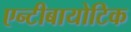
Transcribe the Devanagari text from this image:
एन्टीबायोटिक